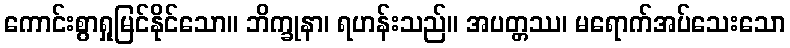
ကောင်းစွာရှုမြင်နိုင်သော။ ဘိက္ခုနာ၊ ရဟန်းသည်။ အပတ္တဿ၊ မရောက်အပ်သေးသော